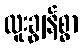
ထူးချွန်စွာ